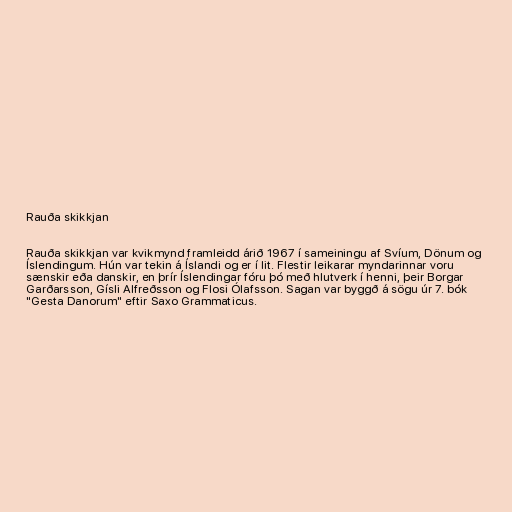
Rauða skikkjan

Rauða skikkjan var kvikmynd framleidd árið 1967 í sameiningu af Svíum, Dönum og
Íslendingum. Hún var tekin á Íslandi og er í lit. Flestir leikarar myndarinnar voru
sænskir eða danskir, en þrír Íslendingar fóru þó með hlutverk í henni, þeir Borgar
Garðarsson, Gísli Alfreðsson og Flosi Ólafsson. Sagan var byggð á sögu úr 7. bók
"Gesta Danorum" eftir Saxo Grammaticus.